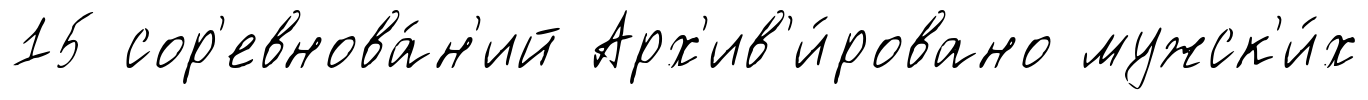
15 сор'евнова́н'ий Арх'ив'и́ровано мужск'и́х